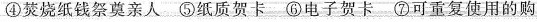
④焚烧纸钱祭奠亲人~⑤纸质贺卡三⑥电子贺卡二⑦可重复使用的购